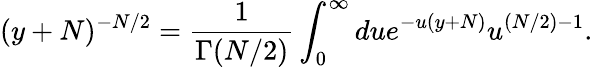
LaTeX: (y+N)^{-N/2}=\frac{1}{\Gamma(N/2)}\int_{0}^{\infty}due^{-u(y+N)}u^{(N/2)-1}.